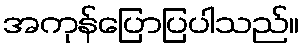
အကုန်ပြောပြပါသည်။